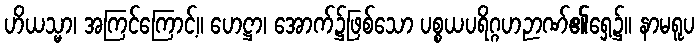
ဟိယသ္မာ၊ အကြင်ကြောင့်။ ဟေဋ္ဌာ၊ အောက်၌ဖြစ်သော ပစ္စယပရိဂ္ဂဟဉာဏ်၏ရှေ့၌။ နာမရူပ